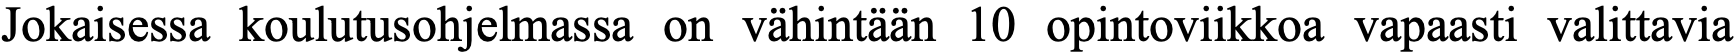
Jokaisessa koulutusohjelmassa on vähintään 10 opintoviikkoa vapaasti valittavia